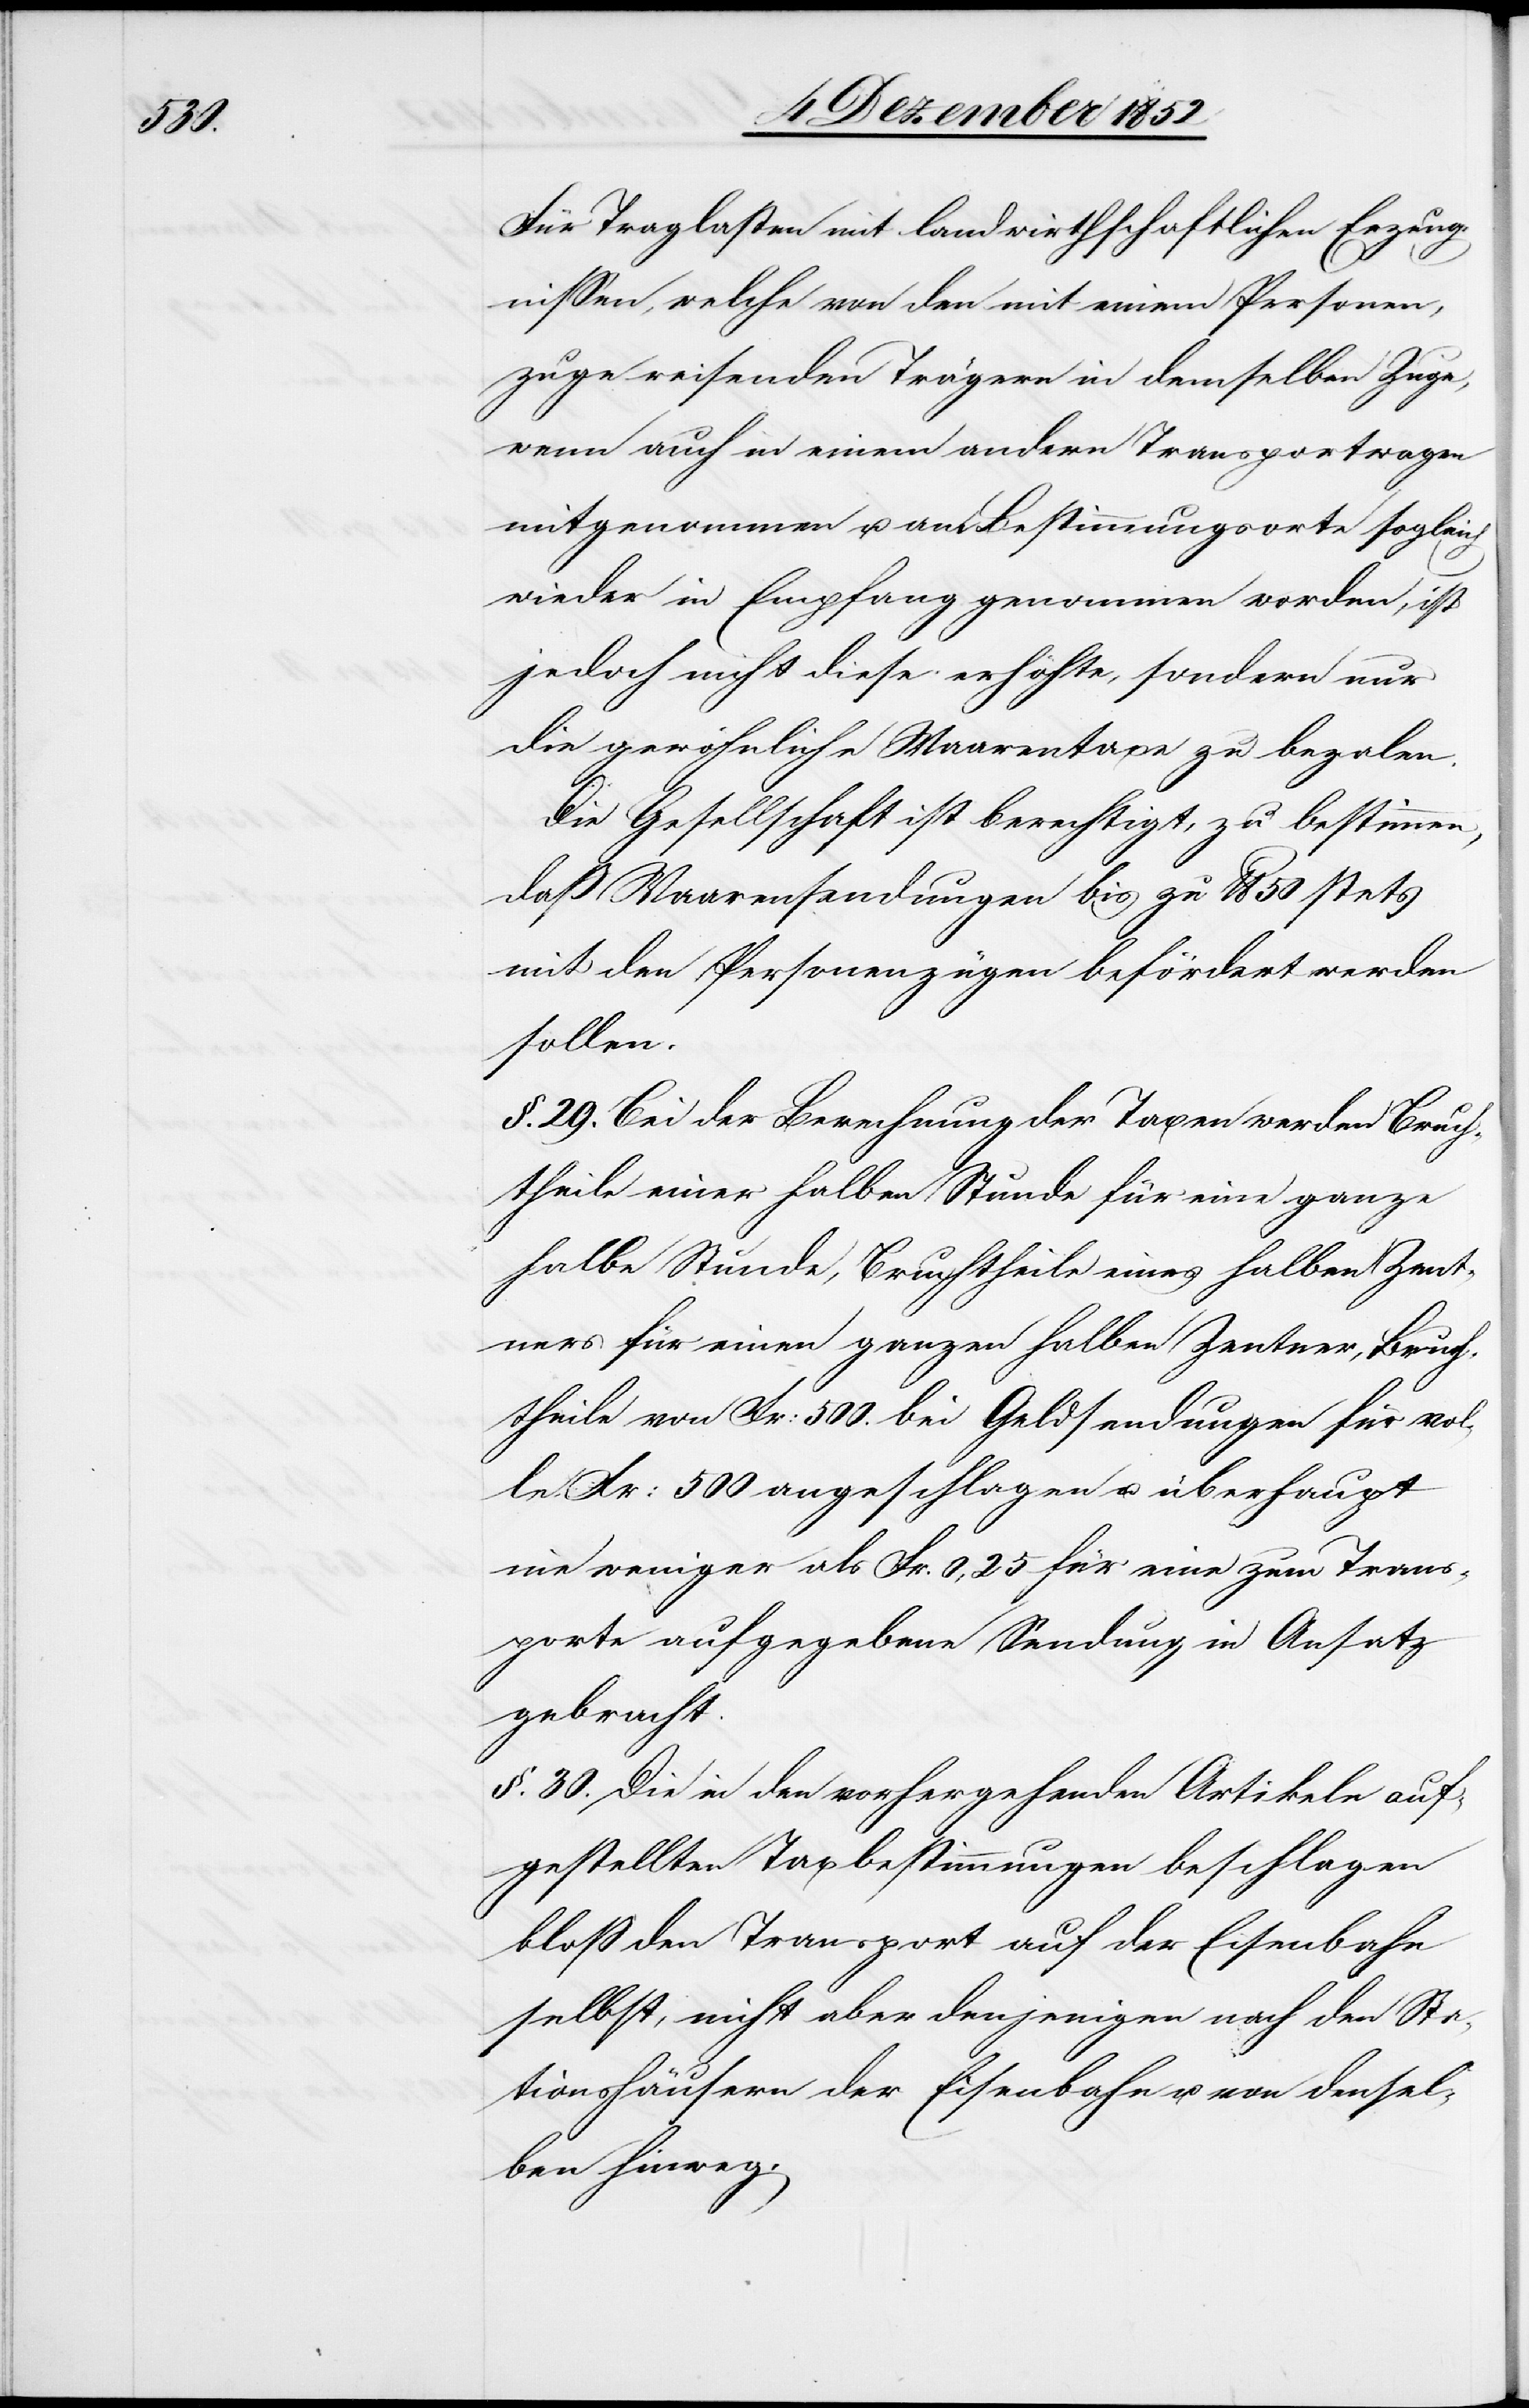
cte:

Für Traglasten mit landwirthschaftlichen Erzeug¬
nissen, welche von den mit einem Personen¬
zuge reisenden Trägern in demselben Zuge,
wenn auch in einem andern Transportwagen
mitgenommen u. am Bestimmungsorte sogleich
wieder in Empfang genommen worden [re¬
jedoch nicht diese erhöhte, sondern nur
die gewöhnliche Waarentaxe zu bezalen.
Die Gesellschaft ist berechtigt, zu bestimmen,
daß Waarensendungen bis zu lb 50 stets
mit den Personenzügen befördert werden
sollen.
§. 29. Bei der Berechnung der Taxen werden Bruch¬
theile einer halben Stunde für eine ganze
halbe Stunde, Bruchtheile eines halben Zent¬
ners für einen ganzen halben Zentner, Bruch¬
theile von Fr: 500. bei Geldsendungen für vol¬
le Fr: 500 angeschlagen u. überhaupt
nie weniger als Fr. 0,25 für eine zum Trans¬
porte aufgegebene Sendung in Ansatz
gebracht.
§. 30. Die in den vorhergehenden Artikeln auf¬
gestellten Taxbestimmungen beschlagen
bloß den Transport auf der Eisenbahn
selbst, nicht aber denjenigen nach den Sta¬
tionshäusern der Eisenbahn u. von densel¬
ben hinweg.